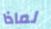
لماذا